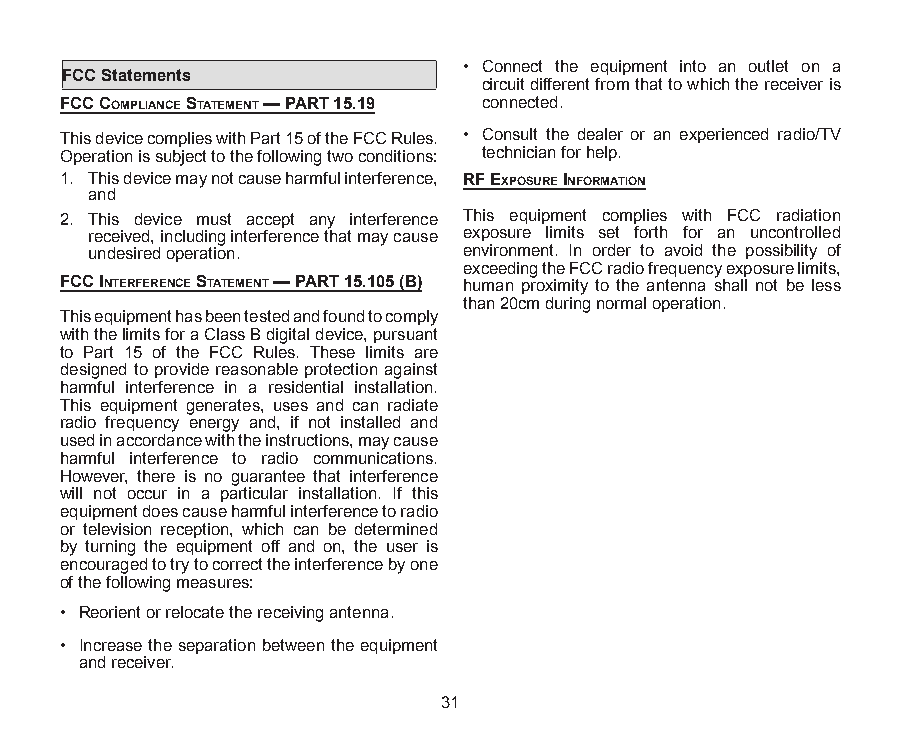
• Connect the equipment into an outlet on a
 FCC Statements
 circuit different from that to which the receiver is
 fcc compliAnce StAtement — pArt 15.19 connected.
 This device complies with Part 15 of the FCC Rules. • Consult the dealer or an experienced radio/TV
 Operation is subject to the following two conditions: technician for help.
 1. This device may not cause harmful interference, rf expoSure informAtion
 and
 2. This device must accept any interference This equipment complies with FCC radiation
 received, including interference that may cause exposure limits set forth for an uncontrolled
 undesired operation.     environment. In order to avoid the possibility of
 exceeding the FCC radio frequency exposure limits,
 fcc interference StAtement — pArt 15.105 (b) human proximity to the antenna shall not be less
 than 20cm during normal operation.
 This equipment has been tested and found to comply
 with the limits for a Class B digital device, pursuant
 to Part 15 of the FCC Rules. These limits are
 designed to provide reasonable protection against
 harmful interference in a residential installation.
 This equipment generates, uses and can radiate
 radio frequency energy and, if not installed and
 used in accordance with the instructions, may cause
 harmful interference to radio communications.
 However, there is no guarantee that interference
 will not occur in a particular installation. If this
 equipment does cause harmful interference to radio
 or television reception, which can be determined
 by turning the equipment off and on, the user is
 encouraged to try to correct the interference by one
 of the following measures:
 • Reorient or relocate the receiving antenna.
 • Increase the separation between the equipment
 and receiver.
 31